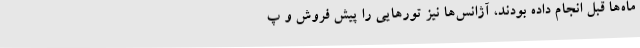
ماه‌ها قبل انجام داده بودند، آژانس‌ها نیز تورهایی را پیش فروش و پ